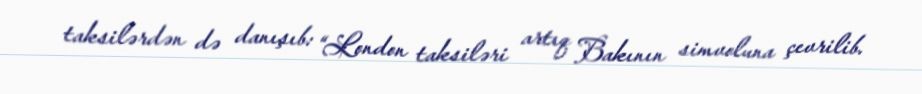
taksilərdən də danışıb: “London taksiləri artıq Bakının simvoluna çevrilib.